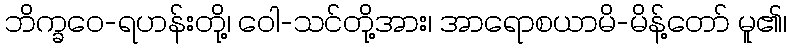
ဘိက္ခဝေ-ရဟန်းတို့၊ ဝေါ-သင်တို့အား၊ အာရောစယာမိ-မိန့်တော် မူ၏၊